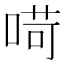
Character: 𠶾